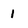
Character: 1